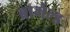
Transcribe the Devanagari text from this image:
ब्रामेल्ड